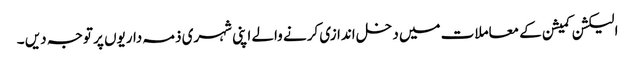
الیکشن کمیشن کے معاملات میں دخل اندازی کرنے والے اپنی شہری ذمہ داریوں پر توجہ دیں ۔